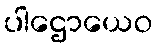
ပါဌောယေဝ